Subject: physics
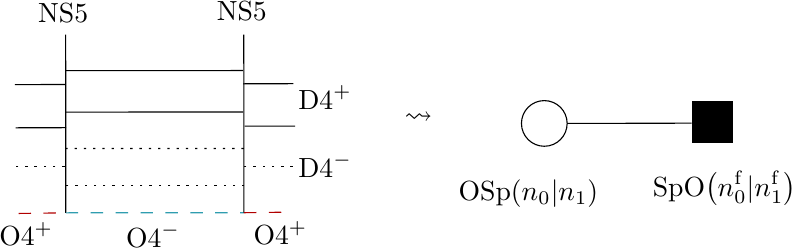
LaTeX code:
\begin{tikzpicture}[x=0.75pt,y=0.75pt,yscale=-1,xscale=1,baseline=(current bounding box.center)]

\draw    (228.91,104.46) -- (228.96,190.26) ;
\draw [color={rgb, 255:red, 47; green, 157; blue, 175 }  ,draw opacity=1 ] [dash pattern={on 4.5pt off 4.5pt}]  (228.96,190.26) -- (314.77,190.22) ;
\draw    (314.41,121.72) -- (228.6,121.78) ;
\draw    (314.72,104.41) -- (314.77,190.22) ;
\draw    (314.41,141.68) -- (228.6,141.74) ;
\draw  [dash pattern={on 0.84pt off 2.51pt}]  (314.72,159.29) -- (228.91,159.3) ;
\draw  [dash pattern={on 0.84pt off 2.51pt}]  (315.03,177.07) -- (229.22,177.07) ;
\draw [color={rgb, 255:red, 177; green, 0; blue, 0 }  ,draw opacity=1 ] [dash pattern={on 4.5pt off 4.5pt}]  (206.2,190.58) -- (228.96,190.26) ;
\draw [color={rgb, 255:red, 177; green, 0; blue, 0 }  ,draw opacity=1 ] [dash pattern={on 4.5pt off 4.5pt}]  (314.77,190.22) -- (337.53,189.91) ;
\draw    (338.63,128.05) -- (314.36,128.11) ;
\draw    (339.41,148.47) -- (315.14,148.53) ;
\draw  [dash pattern={on 0.84pt off 2.51pt}]  (338.33,167.76) -- (314.05,167.76) ;
\draw    (228.71,128.44) -- (204.43,128.5) ;
\draw    (229.1,149.25) -- (204.82,149.31) ;
\draw  [dash pattern={on 0.84pt off 2.51pt}]  (228.4,168.15) -- (204.13,168.15) ;
\draw   (448.5,147.2) .. controls (448.5,141.13) and (453.43,136.2) .. (459.5,136.2) .. controls (465.58,136.2) and (470.51,141.12) .. (470.51,147.2) .. controls (470.51,153.27) and (465.59,158.2) .. (459.51,158.2) .. controls (453.44,158.21) and (448.51,153.28) .. (448.5,147.2) -- cycle ;
\draw  [fill={rgb, 255:red, 0; green, 0; blue, 0 }  ,fill opacity=1 ] (550.25,156.32) -- (530.81,156.32) -- (530.81,136.88) -- (550.25,136.88) -- cycle ;
\draw    (530.43,147.07) -- (470.51,147.2) ;

\draw (214.38,87.99) node [anchor=north west][inner sep=0.75pt]   [align=left] {NS5};
\draw (256.77,194.32) node [anchor=north west][inner sep=0.75pt]   [align=left] {O4$\displaystyle ^{-}$};
\draw (300.44,87.36) node [anchor=north west][inner sep=0.75pt]   [align=left] {NS5};
\draw (195.65,193.54) node [anchor=north west][inner sep=0.75pt]   [align=left] {O4$\displaystyle ^{+}$};
\draw (318.2,193.22) node [anchor=north west][inner sep=0.75pt]   [align=left] {O4$\displaystyle ^{+}$};
\draw (339.75,127.76) node [anchor=north west][inner sep=0.75pt]   [align=left] {D4$\displaystyle ^{+}$};
\draw (339.75,160.51) node [anchor=north west][inner sep=0.75pt]   [align=left] {D4$\displaystyle ^{-}$};
\draw (417,172.9) node [anchor=north west][inner sep=0.75pt]    {$\mathrm{OSp}( n_{0} |n_{1})$};
\draw (510.5,169) node [anchor=north west][inner sep=0.75pt]   [align=left] {SpO$\displaystyle \left( n_{0}^{\mathrm{f}} |n_{1}^{\mathrm{f}}\right)$};
\draw (391,140.9) node [anchor=north west][inner sep=0.75pt]    {$\leadsto $};

\end{tikzpicture}